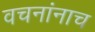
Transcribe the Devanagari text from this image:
वचनांनाच